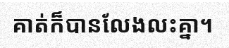
គាត់ក៏បានលែងលះគ្នា។